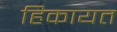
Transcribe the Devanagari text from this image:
हिकायत